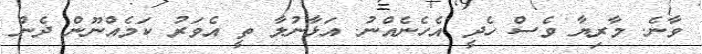
ވާނެ. މާރިޔާ ވެސް ހެދީ އެހެނެއްނު. އަޅާނުލާ ތީ އެވަރު ކަމެއްނޫން ދެން